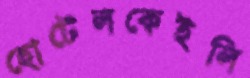
হোটেলকেইলি